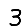
Digit: 3